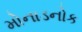
મોનાડનોક